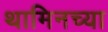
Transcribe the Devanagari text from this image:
थामिनच्या